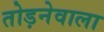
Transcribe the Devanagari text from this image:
तोड़नेवाला